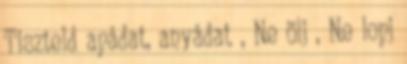
Tiszteld apádat, anyádat , Ne ölj , Ne lopj